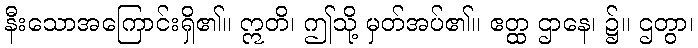
နီးသောအကြောင်းရှိ၏။ ဣတိ၊ ဤသို့ မှတ်အပ်၏။ ဧတ္ထ ဌာနေ၊ ၌။ ဌတွာ၊